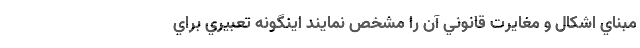
مبناي اشكال و مغايرت قانوني آن را مشخص نمايند اينگونه تعبيري براي